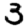
Digit: 3